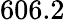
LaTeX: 606.2